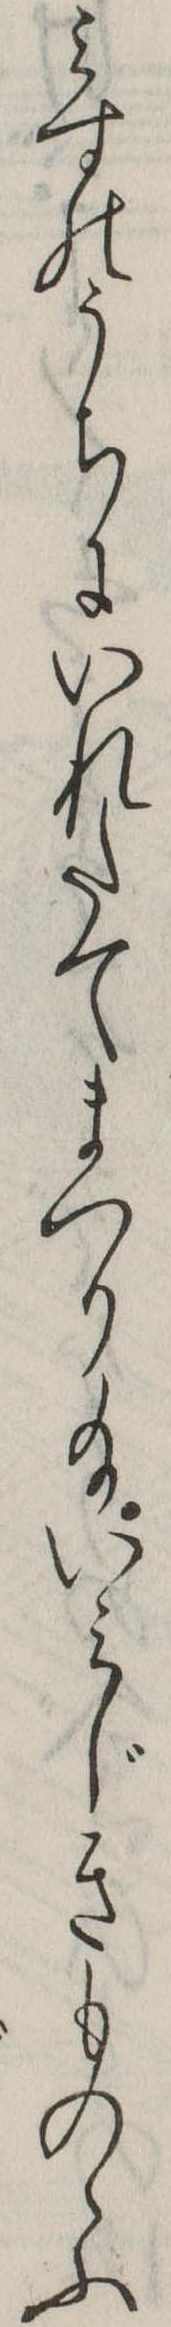
みすのうちにいれたてまつり給いみじきものゝふ